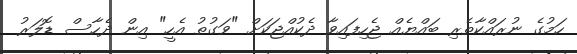
ހަމުގެ ނުރައްކާތެރި ބައްޔެއް ޖެހިފައިވާ ދެކުއްޖަކަށް "ވަގުތު އެހީ" އިން ދެހާސް ޑޮލަރު